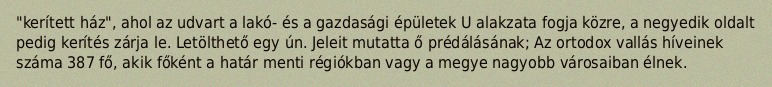
"kerített ház", ahol az udvart a lakó- és a gazdasági épületek U alakzata fogja közre, a negyedik oldalt pedig kerítés zárja le. Letölthető egy ún. Jeleit mutatta ő prédálásának; Az ortodox vallás híveinek száma 387 fő, akik főként a határ menti régiókban vagy a megye nagyobb városaiban élnek.